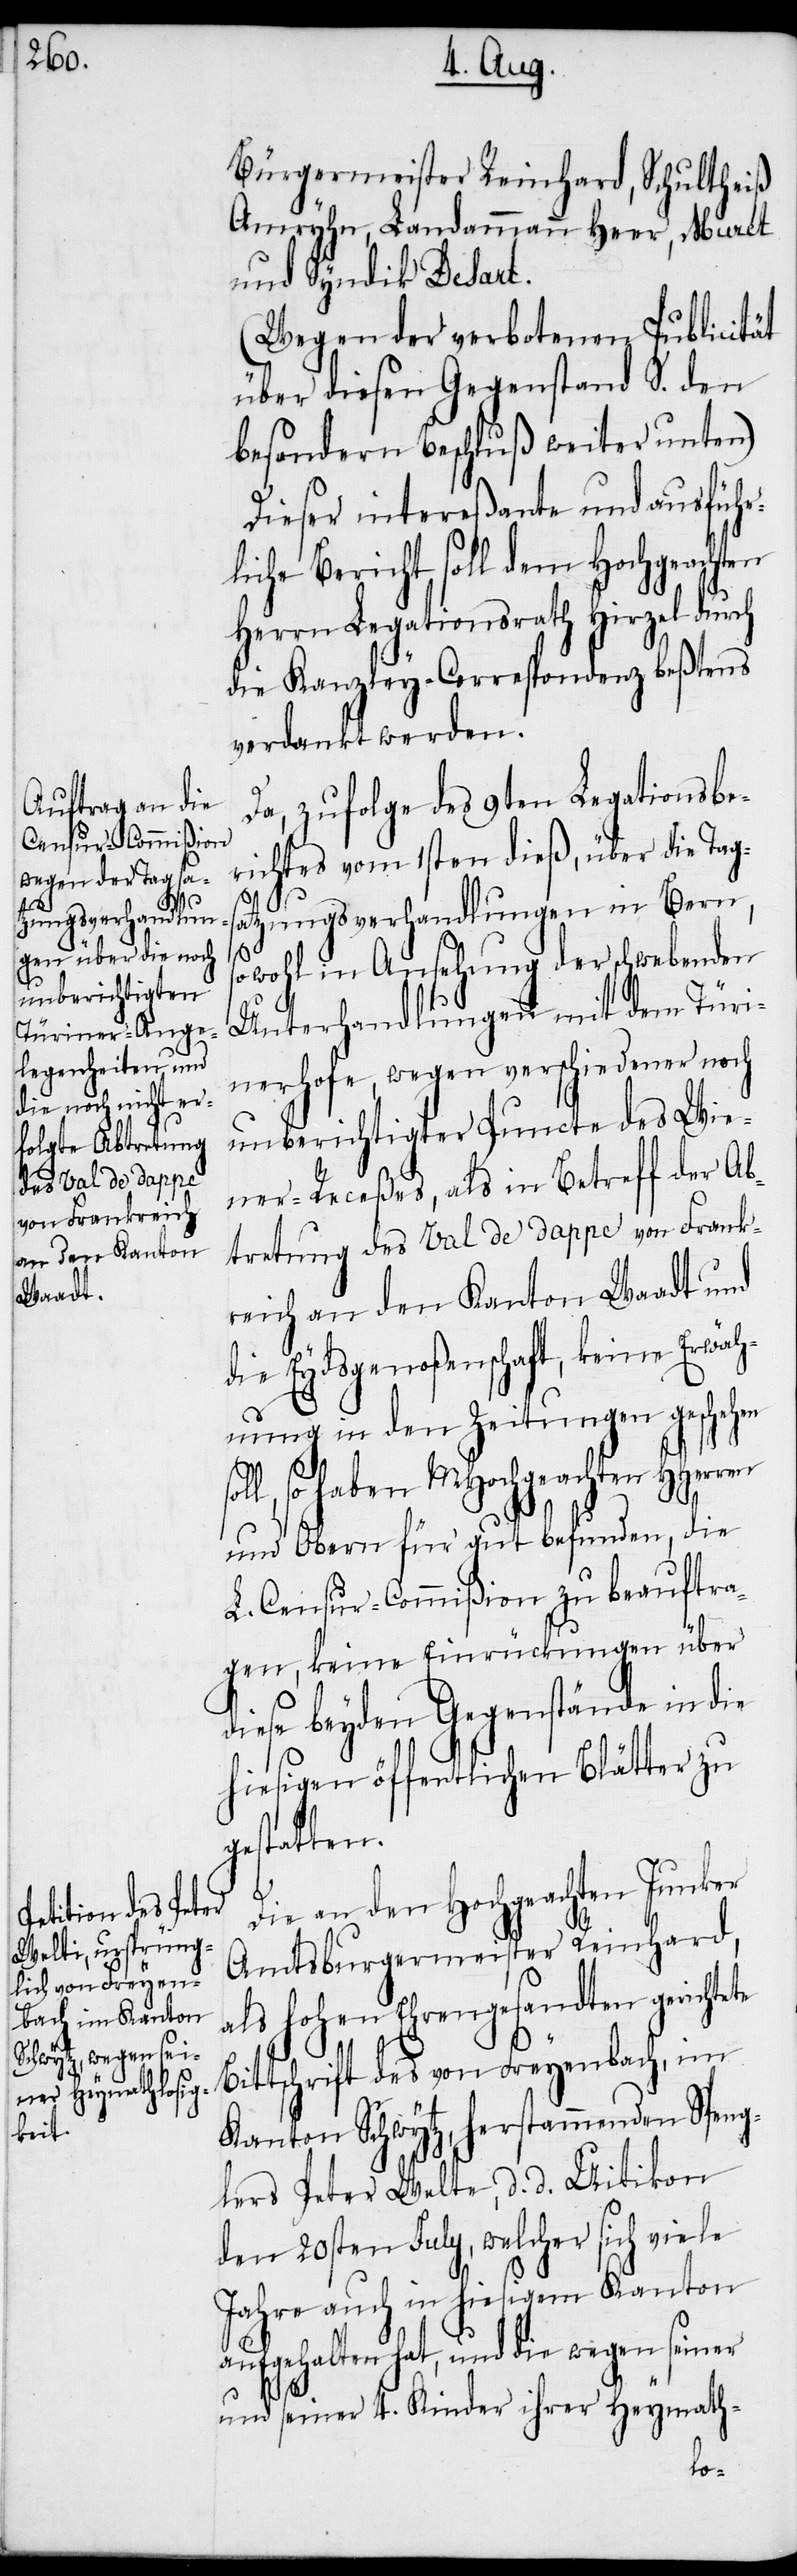
d.

Bürgermeister Reinhard, Schultheiß
Amryhn, Landammann Heer, Murét
und Syndik Desart.
(Wegen der verbotenen Publicität
über diesen Gegenstand S. den
besondern Beschluß weiter unten)
Dieser intereßante und ausführ¬
liche Bericht soll dem Hochgeachten
Herrn Legationsrath Hirzel durch
die Kanzley-Correspondenz beßtens
verdankt werden.
Da, zufolge des 9ten Legationsbe¬
richts vom 1sten dieß, über die Tags¬
atzungsverhandlungen in Bern,
wohl in Ansehung der schwebenden
Unterhandlungen mit dem Türin¬
erhofe, wegen verschiedener noch
unberichtigter Puncte des Wie¬
ner-Receßes, als in Betreff der Ab¬
tretung des Val de dappe von Frank¬
reich an den Kanton Waadt und
die Eydsgenoßenschaft, keine Erwäh¬
nung in den Zeitungen geschehen
ll, so haben MHochgeachten HHerren
und Obern für gut befunden, die
L. Censur-Commißion zu beauftra¬
gen, keine Einrückungen über
diese beyden Gegenstände in die
hiesigen öffentlichen Blätter zu
gestatten.
Die an den Hochgeachten Junker
Amtsburgermeister Reinhard,
als hohen Ehrengesandten gerichtete
Bittschrift des von Freyenbach, im
Kanton Schwytz, herstammenden Speng¬
den 20sten July, welcher sich viele
Jahre auch in hiesigem Kanton
aufgehalten hat, und die wegen seiner
und seiner 4. Kinder ihrer Heymath-
lers